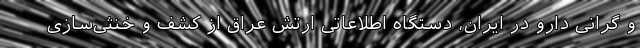
و گرانی دارو در ایران، دستگاه اطلاعاتی ارتش عراق از کشف و خنثی‌سازی